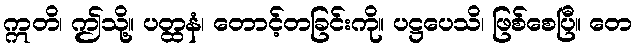
ဣတိ၊ ဤသို့။ ပတ္ထနံ၊ တောင့်တခြင်းကို။ ပဋ္ဌပေသိ၊ ဖြစ်စေပြီ။ တေ